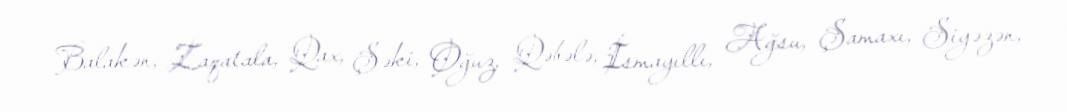
Balakən, Zaqatala, Qax, Şəki, Oğuz, Qəbələ, İsmayıllı, Ağsu, Şamaxı, Siyəzən,